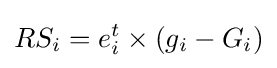
RS_{i}=e_{i}^{t}\times (g_{i}-G_{i})